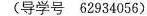
导学号 62934056